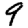
Digit: 9